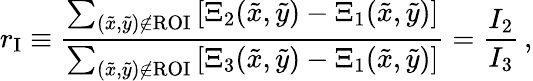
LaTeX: r_{\mathrm{I}}\equiv\frac{\sum_{(\tilde{x},\tilde{y})\notin\mathrm{ROI}}\, [\Xi_{2}(\tilde{x},\tilde{y})-\Xi_{1}(\tilde{x},\tilde{y})]}{\sum_{(\tilde{x},\tilde{y})\notin\mathrm{ROI}}\, [\Xi_{3}(\tilde{x},\tilde{y})-\Xi_{1}(\tilde{x},\tilde{y})]}=\frac{I_{2}}{I_{3}}\, ,